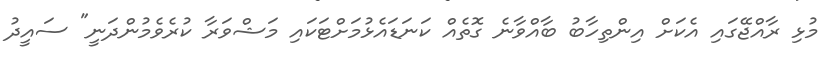
މުޅި ރާއްޖޭގައި އެކަށް އިންތިހާބު ބާއްވާނެ ގޮތެއް ކަނަޑައެޅުމަށްޓަކައި މަޝްވަރާ ކުރެވެމުންދަނީ" ސައީދު